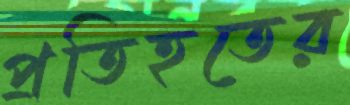
প্রতিহতের